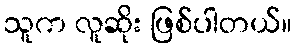
သူက လူဆိုး ဖြစ်ပါတယ်။